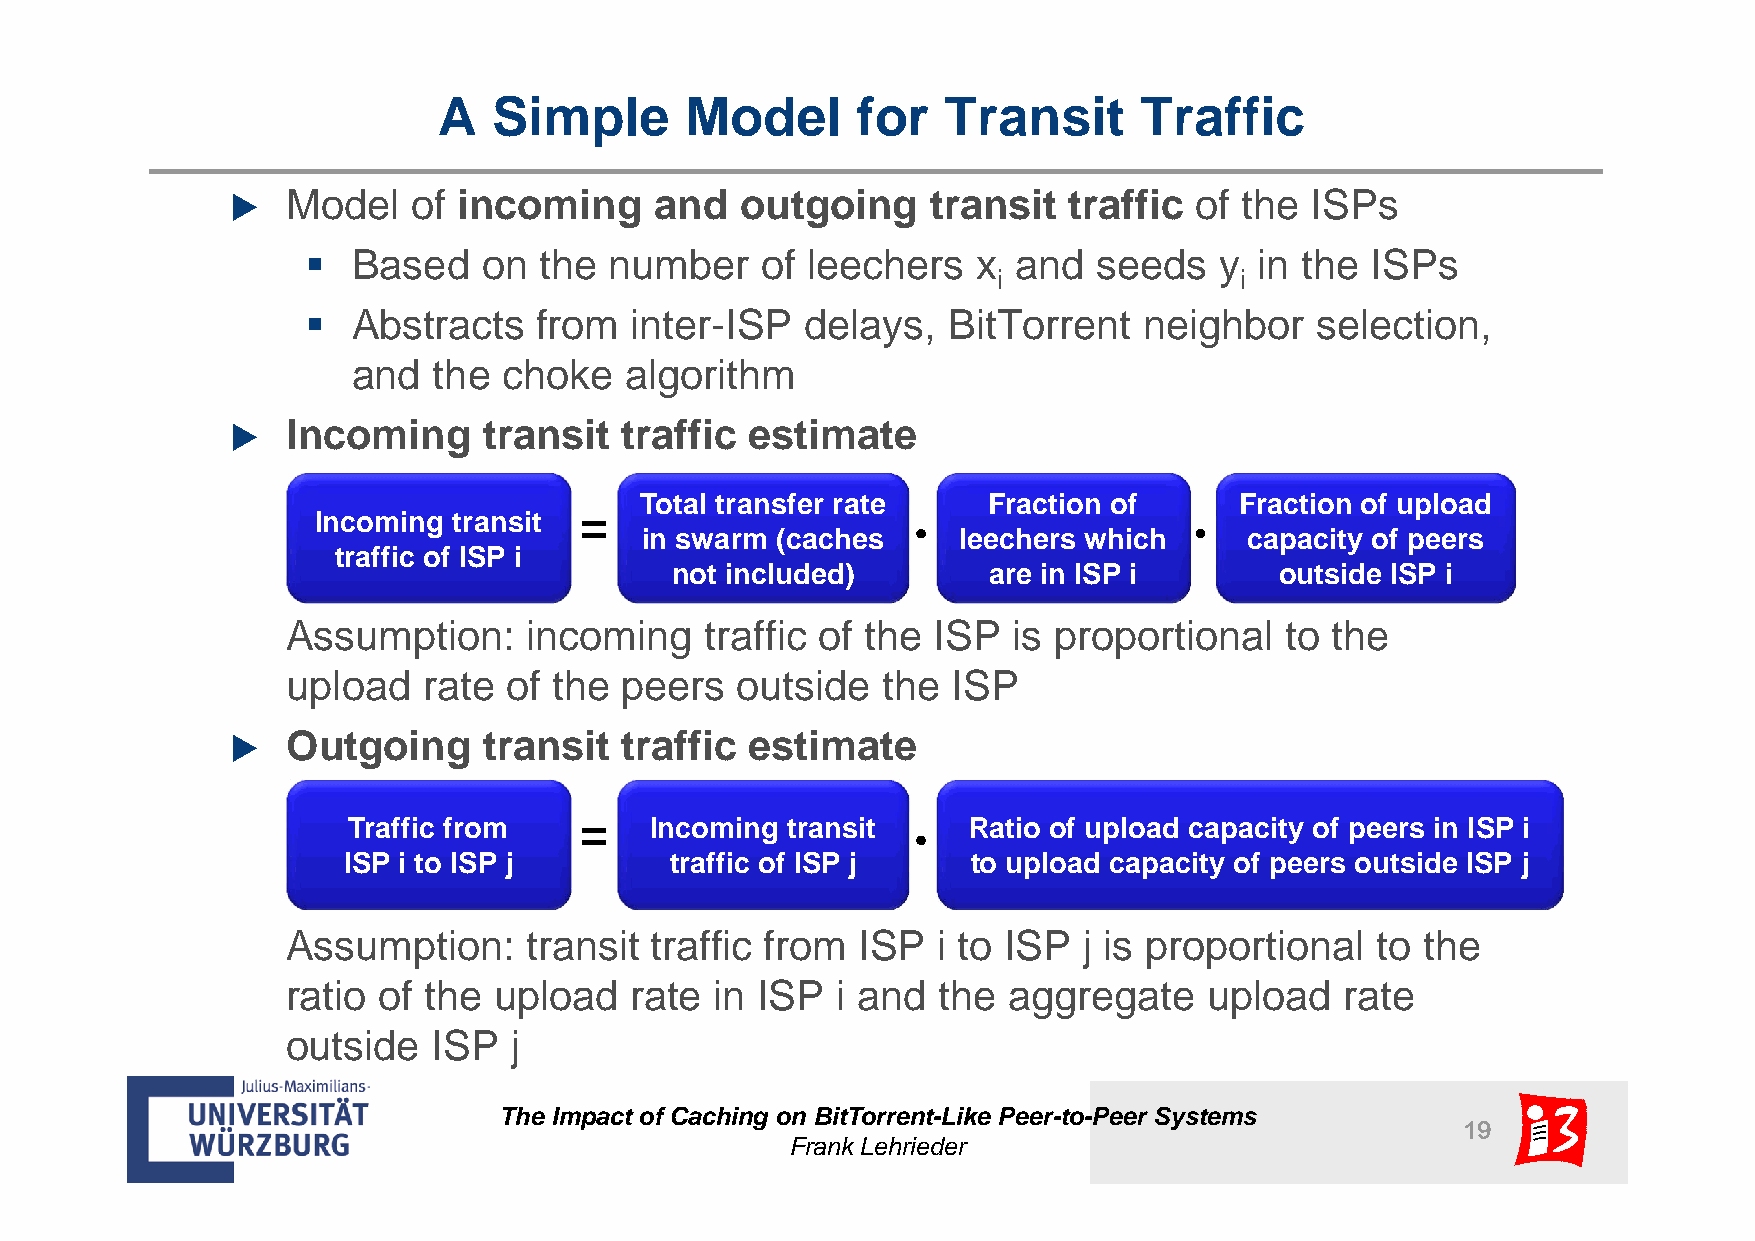
A   Simple      Model       for  Transit      Traffic
 Model   of incoming     and   outgoing     transit  traffic of the  ISPs
 
   Based    on  the number    of leechers    x and   seeds   y in the  ISPs
 i               i
   Abstracts    from  inter-ISP  delays,   BitTorrent   neighbor   selection,
 and   the choke   algorithm
 Incoming     transit  traffic  estimate
 
 Total transfer rate    Fraction of      Fraction of upload
 Incoming transit
 in swarm (caches     leechers which      capacity of peers
 traffic of ISP i
 not included)        are in ISP i        outside ISP i
 Assumption:     incoming    traffic of the ISP  is proportional   to the
 upload   rate of  the peers   outside  the  ISP
 Outgoing     transit  traffic  estimate
 
 Traffic from        Incoming transit     Ratio of upload capacity of peers in ISP i
 ISP i to ISP j       traffic of ISP j    to upload capacity of peers outside ISP j
 Assumption:     transit traffic from  ISP  i to ISP  j is proportional  to the
 ratio of the  upload   rate in ISP  i and  the  aggregate    upload   rate
 outside   ISP  j
 The Impact of Caching on BitTorrent-Like Peer-to-Peer Systems
 19
 Frank Lehrieder